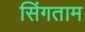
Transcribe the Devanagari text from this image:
सिंगताम